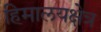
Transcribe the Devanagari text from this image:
हिमालयक्षेत्र